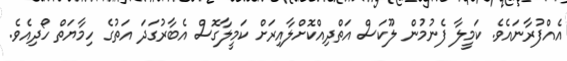
އެއްފުރާނައެވެ. ކަމީލާ ފެނުމުން ލޫކަސް އަތްދިއްކޮށްލާއިރަށް ކަމީލާގޮސް އެބާރުގަދަ އަތުގެ ހިމާޔަތް ހޯދިއެވެ.